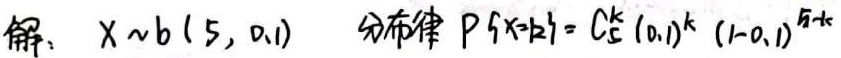
解：$X \sim b(5, 0.1)$ 分布律 $P\{X = k\} = C_{5}^{k}(0.1)^{k}(1 - 0.1)^{5 - k}$